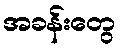
အခန်းတွေ